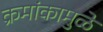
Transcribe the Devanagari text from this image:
क्रमांकामुळे